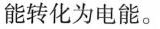
能转化为电能。